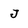
Character: J